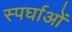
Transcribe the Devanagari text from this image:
स्पर्घाओं